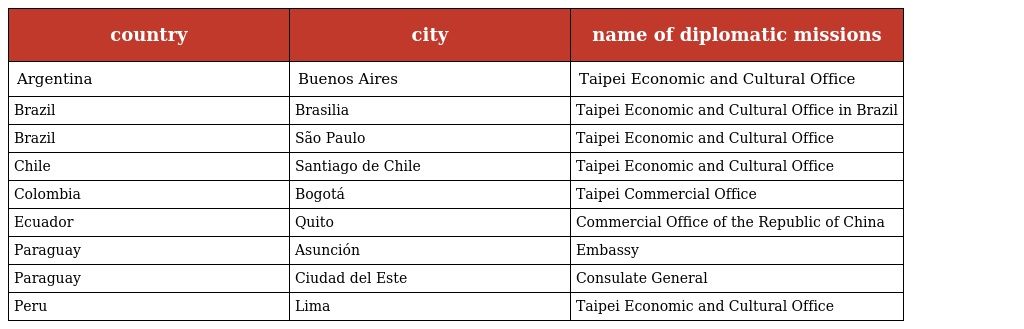
| country | city | name of diplomatic missions |
 | --- | --- | --- |
 | Argentina | Buenos Aires | Taipei Economic and Cultural Office |
 | Brazil | Brasilia | Taipei Economic and Cultural Office in Brazil |
 | Brazil | São Paulo | Taipei Economic and Cultural Office |
 | Chile | Santiago de Chile | Taipei Economic and Cultural Office |
 | Colombia | Bogotá | Taipei Commercial Office |
 | Ecuador | Quito | Commercial Office of the Republic of China |
 | Paraguay | Asunción | Embassy |
 | Paraguay | Ciudad del Este | Consulate General |
 | Peru | Lima | Taipei Economic and Cultural Office |